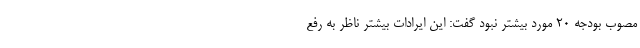
مصوب بودجه 20 مورد بیشتر نبود گفت: این ایرادات بیشتر ناظر به رفع